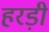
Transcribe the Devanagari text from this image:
हरड़ी